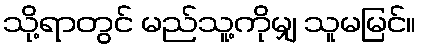
သို့ရာတွင် မည်သူ့ကိုမျှ သူမမြင်။